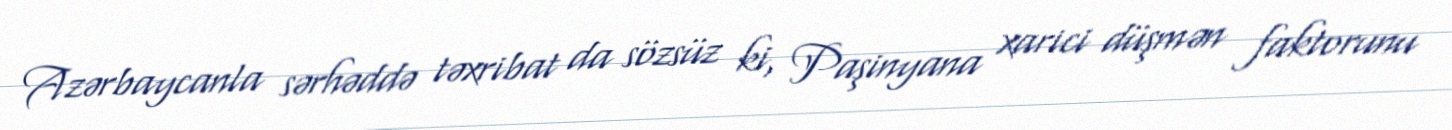
Azərbaycanla sərhəddə təxribat da sözsüz ki, Paşinyana xarici düşmən faktorunu